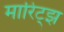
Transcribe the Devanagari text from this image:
मारिट्झ